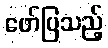
ဖော်ပြသည့်